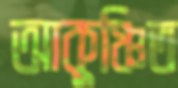
আকুঞ্চিত